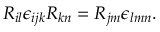
R _ { i l } \epsilon _ { i j k } R _ { k n } = R _ { j m } \epsilon _ { l m n } .